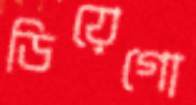
ডিয়েগো